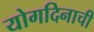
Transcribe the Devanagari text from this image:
योगदिनाची